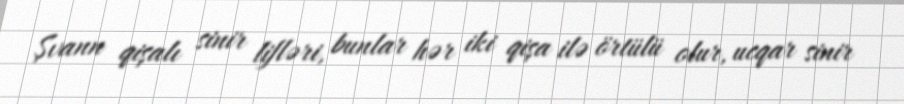
Şvann qişalı sinir lifləri, bunlar hər iki qişa ilə örtülü olur, ucqar sinir